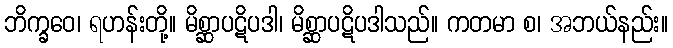
ဘိက္ခဝေ၊ ရဟန်းတို့။ မိစ္ဆာပဋိပဒါ၊ မိစ္ဆာပဋိပဒါသည်။ ကတမာ စ၊ အဘယ်နည်း။